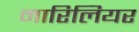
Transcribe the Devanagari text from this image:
मारिलियर